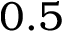
0 . 5